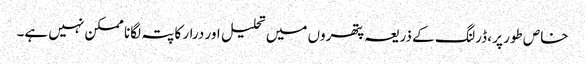
خاص طور پر ، ڈرلنگ کے ذریعہ پتھروں میں تحلیل اور درار کا پتہ لگانا ممکن نہیں ہے۔